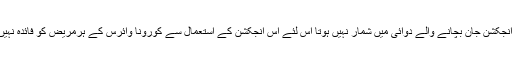
ایسٹیمرا انجکشن جان بچانے والے دوائی میں شمار نہیں ہوتا اس لئے اس انجکشن کے استعمال سے کورونا وائرس کے ہرمریض کو فائدہ نہیں ہوسکتا۔